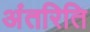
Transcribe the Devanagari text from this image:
अंतरिति